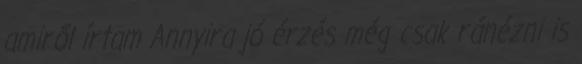
amiről írtam Annyira jó érzés még csak ránézni is